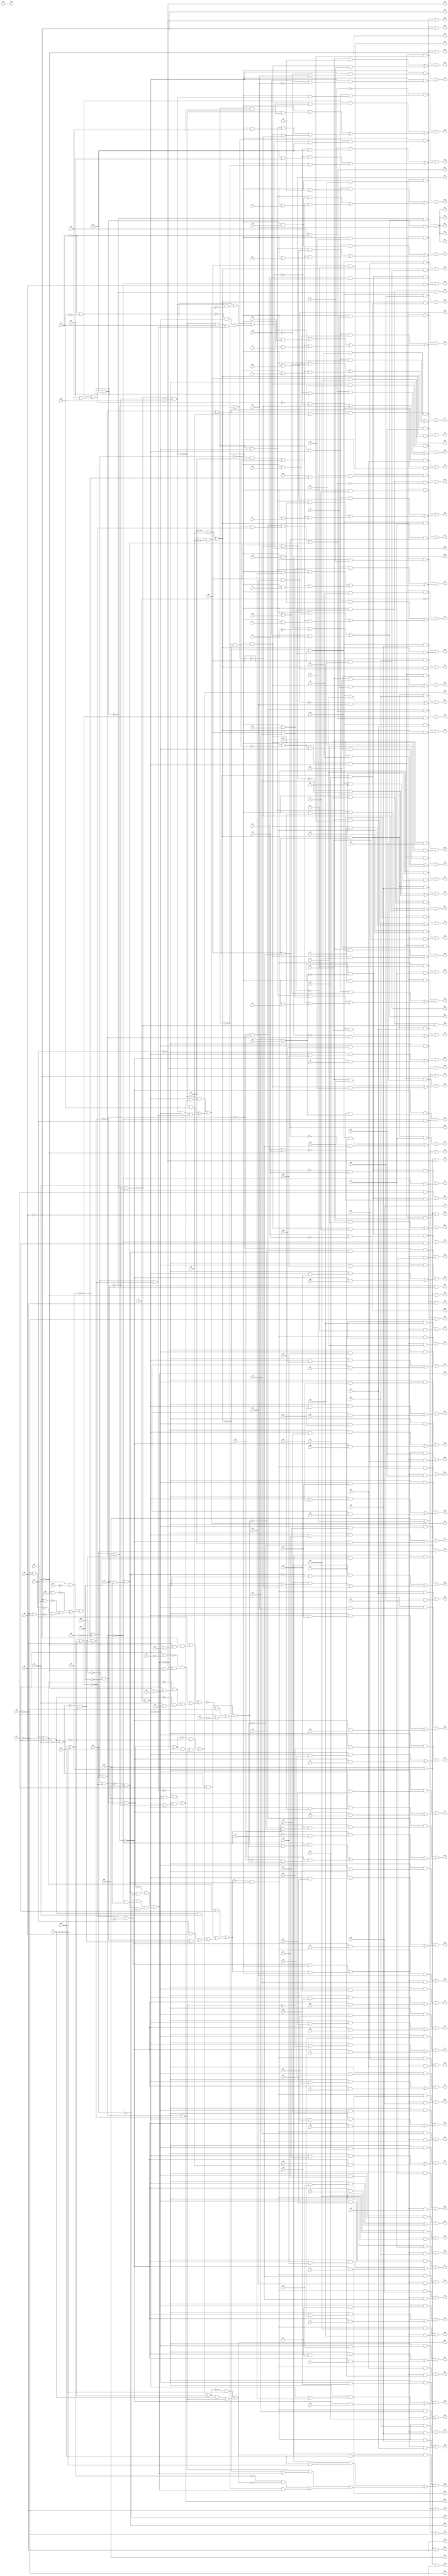
// IWLS benchmark module "frg2" printed on Wed May 29 16:08:50 2002
module frg2(a, b, c, d, e, f, g, h, i, j, k, l, m, n, o, p, q, r, s, t, u, v, w, \x , y, z, a0, b0, c0, d0, e0, f0, g0, h0, i0, j0, k0, l0, m0, n0, o0, p0, q0, s0, t0, u0, v0, w0, x0, y0, z0, a1, b1, c1, d1, e1, f1, g1, h1, i1, j1, k1, l1, m1, n1, o1, p1, q1, r1, s1, t1, u1, v1, w1, x1, y1, z1, a2, b2, c2, d2, e2, f2, g2, h2, i2, j2, k2, l2, m2, n2, o2, p2, q2, r2, s2, t2, u2, v2, w2, x2, y2, z2, a3, b3, c3, d3, e3, f3, g3, h3, i3, j3, k3, l3, m3, n3, o3, p3, q3, r3, s3, t3, u3, v3, w3, x3, y3, z3, a4, b4, c4, d4, e4, f4, g4, h4, i4, j4, k4, l4, m4, n4, o4, p4, q4, r4, s4, t4, u4, v4, w4, x4, y4, z4, a5, b5, c5, d5, e5, f5, g5, h5, i5, j5, k5, l5, m5, n5, o5, p5, q5, r5, s5, t5, u5, v5, w5, x5, y5, z5, a6, b6, c6, d6, e6, f6, g6, h6, i6, j6, k6, l6, m6, n6, o6, p6, q6, r6, s6, t6, u6, v6, w6, x6, y6, z6, a7, b7, c7, d7, e7, f7, g7, h7, i7, j7, k7, l7, m7, n7, o7, p7, q7, r7, s7, t7, u7, v7, w7, x7, y7, z7, a8, b8, c8, d8, e8, f8, g8, h8, i8, j8, k8, l8, m8, n8, o8, p8, q8, r8, s8, t8, u8, v8, w8, x8, y8, z8, a9, b9, c9, d9, e9, f9, g9, h9, i9, j9, k9, l9, m9, n9, o9, p9, q9, r9, s9, t9, u9, v9, w9);
input
  z0,
  z1,
  z2,
  z3,
  a,
  b,
  c,
  d,
  e,
  f,
  g,
  h,
  i,
  j,
  k,
  l,
  m,
  n,
  o,
  p,
  q,
  r,
  s,
  t,
  u,
  v,
  w,
  \x ,
  y,
  z,
  a0,
  a1,
  a2,
  a3,
  a4,
  b0,
  b1,
  b2,
  b3,
  b4,
  c0,
  c1,
  c2,
  c3,
  c4,
  d0,
  d1,
  d2,
  d3,
  d4,
  e0,
  e1,
  e2,
  e3,
  e4,
  f0,
  f1,
  f2,
  f3,
  f4,
  g0,
  g1,
  g2,
  g3,
  g4,
  h0,
  h1,
  h2,
  h3,
  h4,
  i0,
  i1,
  i2,
  i3,
  i4,
  j0,
  j1,
  j2,
  j3,
  j4,
  k0,
  k1,
  k2,
  k3,
  k4,
  l0,
  l1,
  l2,
  l3,
  l4,
  m0,
  m1,
  m2,
  m3,
  m4,
  n0,
  n1,
  n2,
  n3,
  n4,
  o0,
  o1,
  o2,
  o3,
  p0,
  p1,
  p2,
  p3,
  q0,
  q1,
  q2,
  q3,
  r1,
  r2,
  r3,
  s0,
  s1,
  s2,
  s3,
  t0,
  t1,
  t2,
  t3,
  u0,
  u1,
  u2,
  u3,
  v0,
  v1,
  v2,
  v3,
  w0,
  w1,
  w2,
  w3,
  x0,
  x1,
  x2,
  x3,
  y0,
  y1,
  y2,
  y3;
output
  z4,
  z5,
  z6,
  z7,
  z8,
  a5,
  a6,
  a7,
  a8,
  a9,
  b5,
  b6,
  b7,
  b8,
  b9,
  c5,
  c6,
  c7,
  c8,
  c9,
  d5,
  d6,
  d7,
  d8,
  d9,
  e5,
  e6,
  e7,
  e8,
  e9,
  f5,
  f6,
  f7,
  f8,
  f9,
  g5,
  g6,
  g7,
  g8,
  g9,
  h5,
  h6,
  h7,
  h8,
  h9,
  i5,
  i6,
  i7,
  i8,
  i9,
  j5,
  j6,
  j7,
  j8,
  j9,
  k5,
  k6,
  k7,
  k8,
  k9,
  l5,
  l6,
  l7,
  l8,
  l9,
  m5,
  m6,
  m7,
  m8,
  m9,
  n5,
  n6,
  n7,
  n8,
  n9,
  o4,
  o5,
  o6,
  o7,
  o8,
  o9,
  p4,
  p5,
  p6,
  p7,
  p8,
  p9,
  q4,
  q5,
  q6,
  q7,
  q8,
  q9,
  r4,
  r5,
  r6,
  r7,
  r8,
  r9,
  s4,
  s5,
  s6,
  s7,
  s8,
  s9,
  t4,
  t5,
  t6,
  t7,
  t8,
  t9,
  u4,
  u5,
  u6,
  u7,
  u8,
  u9,
  v4,
  v5,
  v6,
  v7,
  v8,
  v9,
  w4,
  w5,
  w6,
  w7,
  w8,
  w9,
  x4,
  x5,
  x6,
  x7,
  x8,
  y4,
  y5,
  y6,
  y7,
  y8;
wire
  \[60] ,
  \[145] ,
  \[61] ,
  j25,
  \[146] ,
  j28,
  \[62] ,
  \[63] ,
  \[148] ,
  \[64] ,
  \[149] ,
  r23,
  \[65] ,
  \[66] ,
  \[67] ,
  \[68] ,
  z29,
  \[69] ,
  \[150] ,
  \[0] ,
  \[151] ,
  \[1] ,
  \[152] ,
  \[2] ,
  \[153] ,
  \[3] ,
  c30,
  \[154] ,
  \[4] ,
  \[70] ,
  \[155] ,
  \[71] ,
  \[72] ,
  \[157] ,
  \[7] ,
  \[73] ,
  \[8] ,
  \[74] ,
  \[159] ,
  s23,
  \[9] ,
  \[75] ,
  s28,
  \[76] ,
  \[77] ,
  \[78] ,
  \[79] ,
  \[161] ,
  \[163] ,
  \[164] ,
  \[80] ,
  \[165] ,
  \[81] ,
  l25,
  \[166] ,
  \[82] ,
  \[167] ,
  \[83] ,
  \[168] ,
  t15,
  \[84] ,
  \[169] ,
  t23,
  \[85] ,
  \[86] ,
  \[87] ,
  \[88] ,
  \[89] ,
  \[170] ,
  \[171] ,
  \[10] ,
  \[172] ,
  \[11] ,
  \[173] ,
  \[12] ,
  \[174] ,
  \[13] ,
  \[90] ,
  \[175] ,
  \[14] ,
  \[91] ,
  \[176] ,
  \[15] ,
  \[92] ,
  \[177] ,
  \[16] ,
  \[93] ,
  \[178] ,
  \[17] ,
  \[94] ,
  \[179] ,
  \[18] ,
  \[95] ,
  \[19] ,
  \[96] ,
  \[97] ,
  \[98] ,
  \[100] ,
  \[99] ,
  \[101] ,
  \[102] ,
  \[103] ,
  \[104] ,
  \[181] ,
  \[20] ,
  \[105] ,
  \[21] ,
  \[106] ,
  \[22] ,
  \[107] ,
  \[184] ,
  \[23] ,
  \[108] ,
  \[185] ,
  \[109] ,
  \[186] ,
  \[25] ,
  \[187] ,
  \[26] ,
  \[27] ,
  \[189] ,
  \[28] ,
  \[29] ,
  \[110] ,
  \[111] ,
  \[112] ,
  \[113] ,
  \[114] ,
  \[115] ,
  g25,
  \[116] ,
  \[193] ,
  \[117] ,
  \[118] ,
  \[195] ,
  \[34] ,
  \[119] ,
  \[35] ,
  o29,
  \[36] ,
  \[37] ,
  w16,
  \[38] ,
  \[39] ,
  \[120] ,
  \[121] ,
  \[122] ,
  \[123] ,
  \[124] ,
  \[40] ,
  \[125] ,
  \[41] ,
  \[126] ,
  \[42] ,
  \[127] ,
  \[43] ,
  \[128] ,
  \[44] ,
  \[129] ,
  \[45] ,
  \[46] ,
  \[47] ,
  x15,
  \[48] ,
  \[49] ,
  \[130] ,
  \[131] ,
  a17,
  \[132] ,
  a25,
  \[133] ,
  \[134] ,
  \[135] ,
  \[51] ,
  \[136] ,
  \[52] ,
  \[137] ,
  \[53] ,
  \[138] ,
  \[54] ,
  \[139] ,
  \[55] ,
  \[56] ,
  \[57] ,
  \[58] ,
  \[59] ,
  \[140] ,
  \[141] ,
  \[142] ,
  \[143] ,
  \[144] ;
assign
  \[60]  = (~\[174]  & (~w16 & n1)) | ((~\[174]  & (w16 & o1)) | (~\[189]  & j0)),
  z4 = \[11] ,
  z5 = \[37] ,
  z6 = \[63] ,
  z7 = \[89] ,
  z8 = \[115] ,
  \[145]  = ~\[141]  & \[138] ,
  \[61]  = (~\[174]  & (~w16 & o1)) | ((~\[174]  & (w16 & p1)) | (~\[189]  & i0)),
  j25 = ~\[169]  & ~h4,
  \[146]  = 0,
  j28 = (\[172]  & h1) | ((~s28 & ~h1) | (h1 & ~s0)),
  \[62]  = (~\[174]  & (~w16 & p1)) | ((~\[174]  & (w16 & q1)) | (~\[189]  & h0)),
  \[63]  = (~\[174]  & (~w16 & q1)) | ((~\[174]  & (w16 & r1)) | (~\[189]  & g0)),
  \[148]  = ~z3 | ~y3,
  \[64]  = (~\[174]  & (~w16 & r1)) | ((~\[174]  & (w16 & s1)) | (~\[189]  & f0)),
  \[149]  = ~j1 | z0,
  r23 = ~z29 | m0,
  \[65]  = (~\[174]  & (~w16 & s1)) | ((~\[174]  & (w16 & t1)) | (~\[189]  & e0)),
  \[66]  = (~\[174]  & (~w16 & t1)) | ((~\[174]  & (w16 & u1)) | (~\[189]  & d0)),
  \[67]  = (\[154]  & (~\[139]  & v1)) | ((\[153]  & (~\[139]  & u1)) | ~c30),
  \[68]  = (~\[174]  & (~w16 & v1)) | ((~\[174]  & (w16 & w1)) | (~\[189]  & k0)),
  z29 = ~n0 & t15,
  \[69]  = (~\[174]  & (~w16 & w1)) | ((~\[174]  & (w16 & x1)) | (~\[189]  & l0)),
  \[150]  = ~\[139]  & ~t23,
  \[0]  = ~g1,
  \[151]  = \[139]  | g1,
  \[1]  = (\[185]  & l3) | ((\[152]  & d3) | (~\[22]  & t3)),
  \[152]  = ~s23 & m0,
  \[2]  = (\[185]  & k3) | ((\[152]  & c3) | (~\[21]  & s3)),
  \[153]  = r23 & ~w16,
  \[3]  = (\[185]  & j3) | ((\[152]  & b3) | (~\[20]  & r3)),
  c30 = \[189]  | ~r23,
  \[154]  = r23 & w16,
  \[4]  = (\[185]  & i3) | ((\[152]  & a3) | (~\[19]  & q3)),
  \[70]  = (~\[174]  & (~w16 & x1)) | ((~\[174]  & (w16 & y1)) | (~\[189]  & q)),
  \[155]  = ~h1 | x0,
  \[71]  = (~\[174]  & (~w16 & y1)) | ((~\[174]  & (w16 & z1)) | (~\[189]  & r)),
  \[72]  = (~\[174]  & (~w16 & z1)) | ((~\[174]  & (w16 & a2)) | (~\[189]  & s)),
  \[157]  = ~\[139]  & t23,
  \[7]  = (\[152]  & e3) | (s23 & \[15] ),
  \[73]  = (~\[174]  & (~w16 & a2)) | ((~\[174]  & (w16 & b2)) | (~\[189]  & t)),
  \[8]  = (\[152]  & f3) | (s23 & \[16] ),
  \[74]  = (~\[174]  & (~w16 & b2)) | ((~\[174]  & (w16 & c2)) | (~\[189]  & u)),
  \[159]  = a4 | ~z3,
  s23 = (~l0 & k0) | (l0 & ~k0),
  \[9]  = (\[152]  & g3) | (s23 & \[17] ),
  \[75]  = (~\[174]  & (~w16 & c2)) | ((~\[174]  & (w16 & d2)) | (~\[189]  & v)),
  s28 = (l1 & (~k1 & (~j1 & (~i1 & w0)))) | ((~\[179]  & (~l1 & (k1 & ~i1))) | ((~\[173]  & (j1 & (~i1 & u0))) | (~g25 & (i1 & t0)))),
  \[76]  = (~\[174]  & (~w16 & d2)) | ((~\[174]  & (w16 & e2)) | (~\[189]  & w)),
  \[77]  = (~\[174]  & (~w16 & e2)) | ((~\[174]  & (w16 & f2)) | (~\[189]  & \x )),
  \[78]  = (~\[174]  & (~w16 & f2)) | ((~\[174]  & (w16 & g2)) | (~\[189]  & y)),
  \[79]  = (~\[174]  & (~w16 & g2)) | ((~\[174]  & (w16 & h2)) | (~\[189]  & z)),
  \[161]  = \[148]  | (b4 | a4),
  \[163]  = \[150]  & ~w16,
  \[164]  = ~r23 & (s23 & k0),
  \[80]  = (~\[174]  & (~w16 & h2)) | ((~\[174]  & (w16 & i2)) | (~\[189]  & a0)),
  \[165]  = g4 | ~f4,
  \[81]  = (~\[174]  & (~w16 & i2)) | ((~\[174]  & (w16 & j2)) | (~\[189]  & b0)),
  l25 = (l1 & ~b1) | (~\[176]  | (~\[175]  | (~\[155]  | ~\[149] ))),
  \[166]  = \[161]  | c4,
  \[82]  = (~\[174]  & (~w16 & j2)) | ((~\[174]  & (w16 & k2)) | (~\[189]  & c0)),
  \[167]  = \[150]  & w16,
  \[83]  = (\[164]  & (~\[139]  & i)) | ((\[154]  & (~\[139]  & l2)) | ((\[153]  & (~\[139]  & k2)) | (\[142]  & (~\[139]  & a)))),
  \[168]  = ~j25 & n4,
  t15 = ~\[172]  & ~h1,
  \[84]  = (\[164]  & (~\[139]  & j)) | ((\[154]  & (~\[139]  & m2)) | ((\[153]  & (~\[139]  & l2)) | (\[142]  & (~\[139]  & b)))),
  \[169]  = \[165]  | ~e4,
  t23 = ~r23 & ~s23,
  \[85]  = (\[164]  & (~\[139]  & k)) | ((\[154]  & (~\[139]  & n2)) | ((\[153]  & (~\[139]  & m2)) | (\[142]  & (~\[139]  & c)))),
  \[86]  = (\[164]  & (~\[139]  & l)) | ((\[154]  & (~\[139]  & o2)) | ((\[153]  & (~\[139]  & n2)) | (\[142]  & (~\[139]  & d)))),
  \[87]  = (\[164]  & (~\[139]  & m)) | ((\[154]  & (~\[139]  & p2)) | ((\[153]  & (~\[139]  & o2)) | (\[142]  & (~\[139]  & e)))),
  \[88]  = (\[164]  & (~\[139]  & n)) | ((\[154]  & (~\[139]  & q2)) | ((\[153]  & (~\[139]  & p2)) | (\[142]  & (~\[139]  & f)))),
  \[89]  = (\[164]  & (~\[139]  & o)) | ((\[154]  & (~\[139]  & r2)) | ((\[153]  & (~\[139]  & q2)) | (\[142]  & (~\[139]  & g)))),
  \[170]  = k4 | n0,
  \[171]  = k4 | ~m1,
  \[10]  = (\[152]  & h3) | (s23 & \[18] ),
  \[172]  = g25 | i1,
  \[11]  = (\[152]  & i3) | (s23 & \[19] ),
  \[173]  = l1 | k1,
  \[12]  = (\[152]  & j3) | (s23 & \[20] ),
  \[174]  = \[139]  | z29,
  \[13]  = (\[152]  & k3) | (s23 & \[21] ),
  \[90]  = (\[164]  & (~\[139]  & p)) | ((\[154]  & (~\[139]  & s2)) | ((\[153]  & (~\[139]  & r2)) | (\[142]  & (~\[139]  & h)))),
  \[175]  = ~k1 | a1,
  \[14]  = (\[152]  & l3) | (s23 & \[22] ),
  \[91]  = (\[167]  & t2) | ((\[163]  & s2) | (\[157]  & i)),
  \[176]  = ~i1 | y0,
  \[15]  = m0 & m3,
  \[92]  = (\[167]  & u2) | ((\[163]  & t2) | (\[157]  & j)),
  \[177]  = ~l25 | ~k4,
  \[16]  = m0 & n3,
  \[93]  = (\[167]  & v2) | ((\[163]  & u2) | (\[157]  & k)),
  \[178]  = j25 | d4,
  \[17]  = m0 & o3,
  \[94]  = (\[167]  & w2) | ((\[163]  & v2) | (\[157]  & l)),
  \[179]  = j1 | ~v0,
  \[18]  = m0 & p3,
  \[95]  = (\[167]  & x2) | ((\[163]  & w2) | (\[157]  & m)),
  \[19]  = m0 & q3,
  \[96]  = (\[167]  & y2) | ((\[163]  & x2) | (\[157]  & n)),
  \[97]  = (\[167]  & z2) | ((\[163]  & y2) | (\[157]  & o)),
  \[98]  = (\[163]  & z2) | (\[157]  & p),
  \[100]  = (\[145]  & c3) | (\[143]  & b3),
  \[99]  = (\[145]  & b3) | (\[143]  & a3),
  \[101]  = (\[145]  & d3) | (\[143]  & c3),
  \[102]  = (\[145]  & e3) | (\[143]  & d3),
  \[103]  = (\[145]  & f3) | (\[143]  & e3),
  \[104]  = (\[145]  & g3) | (\[143]  & f3),
  \[181]  = \[151]  | z29,
  \[20]  = m0 & r3,
  \[105]  = (\[145]  & h3) | (\[143]  & g3),
  \[21]  = m0 & s3,
  \[106]  = (\[145]  & i3) | (\[143]  & h3),
  \[22]  = m0 & t3,
  \[107]  = (\[145]  & j3) | (\[143]  & i3),
  \[184]  = ~\[139]  & ~x15,
  \[23]  = ~j4 & g1,
  \[108]  = (\[145]  & k3) | (\[143]  & j3),
  \[185]  = s23 & m0,
  \[109]  = (\[145]  & l3) | (\[143]  & k3),
  \[186]  = ~\[151] ,
  \[25]  = \[170]  | ~h1,
  \[187]  = \[129]  | ~e4,
  \[26]  = \[170]  | ~i1,
  \[27]  = \[170]  | ~j1,
  \[189]  = \[139]  | ~z29,
  \[28]  = \[170]  | ~k1,
  \[29]  = \[170]  | ~l1,
  \[110]  = (\[145]  & m3) | (\[143]  & l3),
  \[111]  = (\[145]  & n3) | (\[143]  & m3),
  \[112]  = (\[145]  & o3) | (\[143]  & n3),
  \[113]  = (\[145]  & p3) | (\[143]  & o3),
  \[114]  = (\[145]  & q3) | (\[143]  & p3),
  \[115]  = (\[145]  & r3) | (\[143]  & q3),
  g25 = \[173]  | j1,
  \[116]  = (\[145]  & s3) | (\[143]  & r3),
  \[193]  = \[178]  | ~\[128] ,
  \[117]  = (\[145]  & t3) | (\[143]  & s3),
  \[118]  = (\[145]  & u3) | (\[143]  & t3),
  \[195]  = ~\[139]  & m1,
  \[34]  = (~\[166]  & \[51] ) | (\[166]  & n1),
  \[119]  = (\[145]  & v3) | (\[143]  & u3),
  \[35]  = \[171]  | ~h1,
  o29 = ~a17 & (~x3 & y3),
  \[36]  = \[171]  | ~i1,
  \[37]  = \[171]  | ~j1,
  w16 = ~a17 & l4,
  \[38]  = \[171]  | ~k1,
  \[39]  = \[171]  | ~l1,
  \[120]  = (\[145]  & w3) | (\[143]  & v3),
  \[121]  = (~j25 & (~j28 & \[138] )) | (\[143]  & w3),
  \[122]  = (~\[174]  & (~w16 & x3)) | (~\[174]  & (w16 & ~x3)),
  \[123]  = (~o29 & (w16 & \[122] )) | ((~o29 & y3) | ((o29 & ~w16) | \[174] )),
  \[124]  = (\[148]  & (o29 & ~\[123] )) | ((~\[148]  & ~w16) | ((~o29 & z3) | \[174] )),
  \[40]  = ~l4 | ~h1,
  \[125]  = (~\[159]  & (\[154]  & (~\[139]  & o29))) | ((\[148]  & (~\[139]  & (r23 & a4))) | ((~\[139]  & (~o29 & (r23 & a4))) | ((\[153]  & (~\[139]  & a4)) | (\[157]  | ~c30)))),
  \[41]  = ~l4 | ~i1,
  \[126]  = (~\[174]  & (\[124]  & b4)) | ((\[159]  & (~\[124]  & b4)) | ((~\[161]  & ~\[124] ) | ~c30)),
  \[42]  = ~l4 | ~j1,
  \[127]  = (~\[139]  & (c30 & (\[124]  & c4))) | ((\[159]  & (~\[124]  & c4)) | ((~\[124]  & (c4 & b4)) | (~\[139]  & ~r23))),
  \[43]  = ~l4 | ~k1,
  \[128]  = (~\[178]  & (\[138]  & ~g1)) | ((\[177]  & (~\[151]  & d4)) | ((~\[151]  & (j25 & d4)) | ~\[189] )),
  \[44]  = ~l4 | ~l1,
  \[129]  = (~\[193]  & ~e4) | ((\[193]  & e4) | \[181] ),
  \[45]  = ~h1,
  \[46]  = ~i1,
  \[47]  = ~j1,
  x15 = ~z29 | e1,
  a5 = \[12] ,
  a6 = \[38] ,
  a7 = \[64] ,
  a8 = \[90] ,
  a9 = \[116] ,
  \[48]  = ~k1,
  b5 = \[13] ,
  b6 = \[39] ,
  b7 = \[65] ,
  b8 = \[91] ,
  b9 = \[117] ,
  \[49]  = ~l1,
  c5 = \[14] ,
  c6 = \[40] ,
  c7 = \[66] ,
  c8 = \[92] ,
  c9 = \[118] ,
  d5 = \[15] ,
  d6 = \[41] ,
  d7 = \[67] ,
  d8 = \[93] ,
  d9 = \[119] ,
  e5 = \[16] ,
  e6 = \[42] ,
  e7 = \[68] ,
  e8 = \[94] ,
  e9 = \[120] ,
  \[130]  = (~\[187]  & ~f4) | ((\[187]  & f4) | \[181] ),
  f5 = \[17] ,
  f6 = \[43] ,
  f7 = \[69] ,
  f8 = \[95] ,
  f9 = \[121] ,
  \[131]  = (~\[181]  & (\[130]  & g4)) | ((~\[181]  & (g4 & ~f4)) | ((\[181]  & (~s23 & \[128] )) | ((~\[165]  & ~\[130] ) | (~r23 & \[128] )))),
  g5 = \[18] ,
  g6 = \[44] ,
  g7 = \[70] ,
  g8 = \[96] ,
  g9 = \[122] ,
  a17 = ~\[166]  & ~x3,
  \[132]  = (~\[181]  & (\[169]  & h4)) | ((~\[181]  & (~\[138]  & h4)) | ((~\[181]  & (~\[128]  & h4)) | ~c30)),
  h5 = \[19] ,
  h6 = \[45] ,
  h7 = \[71] ,
  h8 = \[97] ,
  h9 = \[123] ,
  a25 = \[139]  | ~l25,
  \[133]  = (~\[139]  & (w16 & (~i4 & n1))) | (~\[139]  & (w16 & (i4 & ~n1))),
  i5 = \[20] ,
  i6 = \[46] ,
  i7 = \[72] ,
  i8 = \[98] ,
  i9 = \[124] ,
  \[134]  = (\[168]  & (~\[151]  & (\[145]  & (~j28 & ~j4)))) | ((~\[151]  & (~\[145]  & j4)) | ((~\[151]  & (j28 & j4)) | (~\[151]  & (~n4 & j4)))),
  j5 = \[21] ,
  j6 = \[47] ,
  j7 = \[73] ,
  j8 = \[99] ,
  j9 = \[125] ,
  \[135]  = \[195]  & ~\[166] ,
  \[51]  = (~i4 & ~f1) | (i4 & f1),
  k5 = \[22] ,
  k6 = \[48] ,
  k7 = \[74] ,
  k8 = \[100] ,
  k9 = \[126] ,
  \[136]  = \[195]  & ~a17,
  \[52]  = ~\[166]  & x3,
  l5 = \[23] ,
  l6 = \[49] ,
  l7 = \[75] ,
  l8 = \[101] ,
  l9 = \[127] ,
  \[137]  = (\[168]  & \[53] ) | (l25 & \[53] ),
  \[53]  = (\[168]  & (~\[139]  & ~l25)) | (~\[151]  & (j25 & d4)),
  m5 = m4,
  m6 = k4,
  m7 = \[76] ,
  m8 = \[102] ,
  m9 = \[128] ,
  \[138]  = ~a25 & k4,
  \[54]  = (\[186]  & h1) | (\[184]  & ~\[144] ),
  n5 = \[25] ,
  n6 = \[51] ,
  n7 = \[77] ,
  n8 = \[103] ,
  n9 = \[129] ,
  \[139]  = q0 | ~o0,
  \[55]  = (\[184]  & (~d1 & c1)) | (\[186]  & i1),
  o4 = \[0] ,
  o5 = \[26] ,
  o6 = \[52] ,
  o7 = \[78] ,
  o8 = \[104] ,
  o9 = \[130] ,
  \[56]  = (\[184]  & (d1 & ~c1)) | (\[186]  & j1),
  p4 = \[1] ,
  p5 = \[27] ,
  p6 = \[53] ,
  p7 = \[79] ,
  p8 = \[105] ,
  p9 = \[131] ,
  \[57]  = (\[184]  & (d1 & c1)) | (\[186]  & k1),
  q4 = \[2] ,
  q5 = \[28] ,
  q6 = \[54] ,
  q7 = \[80] ,
  q8 = \[106] ,
  q9 = \[132] ,
  \[58]  = (~\[189]  & (~\[144]  & x15)) | (~\[151]  & l1),
  r4 = \[3] ,
  r5 = \[29] ,
  r6 = \[55] ,
  r7 = \[81] ,
  r8 = \[107] ,
  r9 = \[133] ,
  \[59]  = (~\[139]  & (~m1 & (p0 & ~n0))) | (\[195]  & ~\[53] ),
  s4 = \[4] ,
  s5 = \[34] ,
  s6 = \[56] ,
  s7 = \[82] ,
  s8 = \[108] ,
  s9 = \[134] ,
  t4 = u3,
  t5 = \[34] ,
  t6 = \[57] ,
  t7 = \[83] ,
  t8 = \[109] ,
  t9 = \[135] ,
  u4 = v3,
  u5 = \[34] ,
  u6 = \[58] ,
  u7 = \[84] ,
  u8 = \[110] ,
  u9 = \[136] ,
  \[140]  = 0,
  v4 = \[7] ,
  v5 = \[34] ,
  v6 = \[59] ,
  v7 = \[85] ,
  v8 = \[111] ,
  v9 = \[137] ,
  \[141]  = (\[173]  & j1) | ((\[172]  & h1) | ((g25 & i1) | ((l1 & k1) | (j25 | t15)))),
  w4 = \[8] ,
  w5 = \[34] ,
  w6 = \[60] ,
  w7 = \[86] ,
  w8 = \[112] ,
  w9 = \[138] ,
  \[142]  = (~r23 & l0) | t23,
  x4 = \[9] ,
  x5 = \[35] ,
  x6 = \[61] ,
  x7 = \[87] ,
  x8 = \[113] ,
  \[143]  = (\[177]  & ~\[139] ) | (\[141]  & ~\[139] ),
  y4 = \[10] ,
  y5 = \[36] ,
  y6 = \[62] ,
  y7 = \[88] ,
  y8 = \[114] ,
  \[144]  = d1 | c1;
endmodule